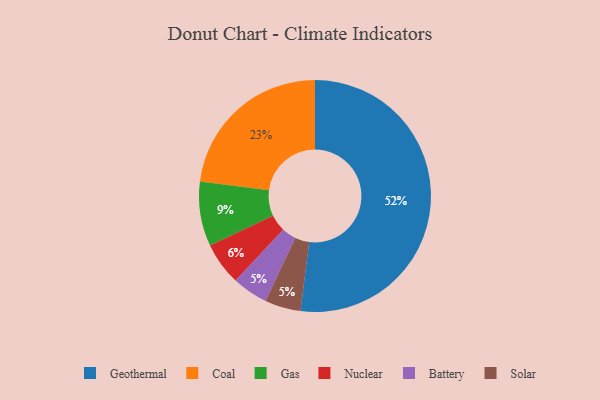
{"axis": {"x": "Category", "y": "Percentage"}, "legend": ["Battery", "Coal", "Gas", "Geothermal", "Nuclear", "Solar"], "data": [{"x": "Geothermal", "y": 52, "type": "Geothermal"}, {"x": "Battery", "y": 5, "type": "Battery"}, {"x": "Gas", "y": 9, "type": "Gas"}, {"x": "Coal", "y": 23, "type": "Coal"}, {"x": "Solar", "y": 5, "type": "Solar"}, {"x": "Nuclear", "y": 6, "type": "Nuclear"}]}